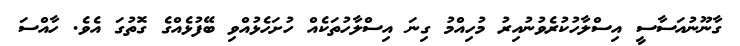
ގާނޫނުއަސާސީ އިސްލާހުކުރެވުނުއިރު މުހިއްމު ގިނަ އިސްލާހުތަކެއް ހުށަހެޅުއްވި ބޭފުޅެއްގެ ގޮތުގަ އެވެ. ހާއްސަ